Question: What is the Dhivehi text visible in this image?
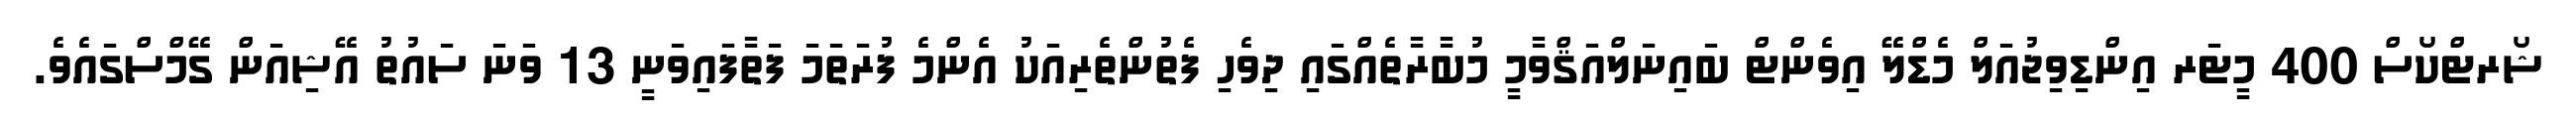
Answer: ޝޯރޓްކޯސް 400 މީޓަރ އިންޑިވިޖުއަލް މެޑްލޭ އިވެންޓް ބައިނަލްއަޤްވާމީ މުބާރާތެއްގައި ދިވެހި ފެތުންތެރިއަކު އެންމެ ފުރަތަމަ ފަތާފައިވަނީ 13 ވަނަ ސައުތު އޭޝިއަން ގޭމްސްގައެވެ.